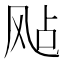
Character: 飐